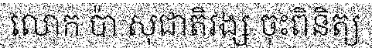
លោក ប៉ា សុជាតិវង្ស ចុះពិនិត្យ